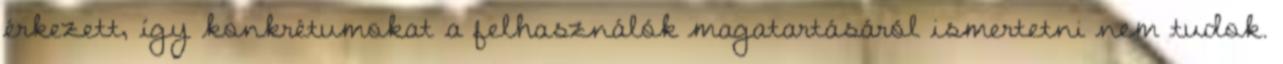
érkezett, így konkrétumokat a felhasználók magatartásáról ismertetni nem tudok.